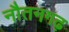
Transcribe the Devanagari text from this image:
नौतनगढ़